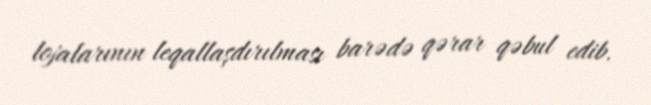
lojalarının leqallaşdırılması barədə qərar qəbul edib.